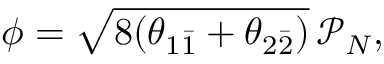
\phi = \sqrt { 8 ( \theta _ { 1 \bar { 1 } } + \theta _ { 2 \bar { 2 } } ) } \, \mathcal { P } _ { N } ,